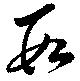
数